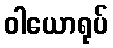
ဝါယောရုပ်